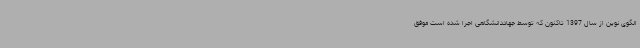
الگوی نوین از سال 1397 تاکنون که توسط جهاددانشگاهی اجرا شده است موفق